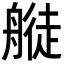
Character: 𦪂